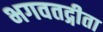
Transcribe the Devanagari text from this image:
भगवतद्गीता